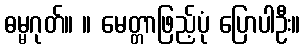
ဓမ္မဂုတ်။ ။ မေတ္တာဖြည့်ပုံ ပြောပါဦး။